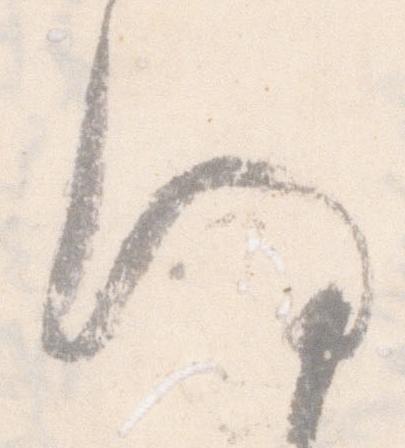
謹